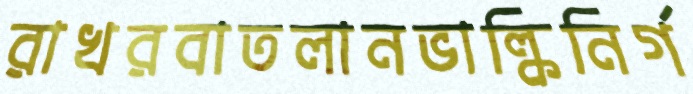
রাখরবাতলানভাল্কিনির্গ